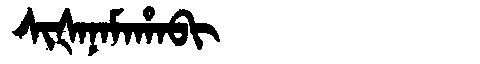
Manchu: ᠰᡳᡧᠠᠨᠠᠮᠠᡥᠠᠪᡳ
Romanization: SIŠANAMAHABI